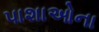
પાશાઓના